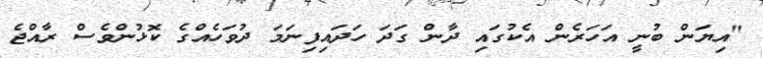
"އިޔަން ބުނީ އަހަރެން އެކުގައި ދާން ގަދަ ހަދައިފިނަމަ ދުވަހެއްގެ ކޮޅުންވެސް ރާއްޖެ